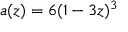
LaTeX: a ( z ) = 6 ( 1 - 3 z ) ^ { 3 }